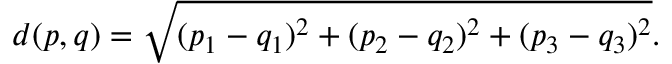
d ( p , q ) = { \sqrt { ( p _ { 1 } - q _ { 1 } ) ^ { 2 } + ( p _ { 2 } - q _ { 2 } ) ^ { 2 } + ( p _ { 3 } - q _ { 3 } ) ^ { 2 } } } .